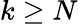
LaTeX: k\geq N